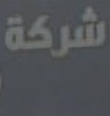
شركة